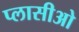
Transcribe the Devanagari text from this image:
प्लासीओ